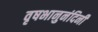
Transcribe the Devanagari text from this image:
वृषभानुनंदिनी